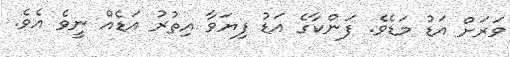
ވަރަށް އަޑު މަޑެވެ. ފަންކާގެ އަޑު ފިޔަވާ އިތުރު އަޑެއް ނީވެ އެވެ.